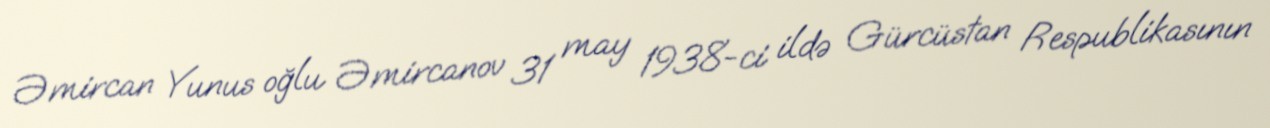
Əmircan Yunus oğlu Əmircanov 31 may 1938-ci ildə Gürcüstan Respublikasının